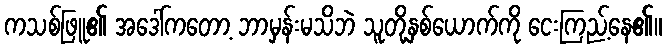
ကသစ်ဖြူ၏ အဒေါ်ကတော့ ဘာမှန်းမသိဘဲ သူတို့နှစ်ယောက်ကို ငေးကြည့်နေ၏။